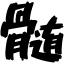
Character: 髄